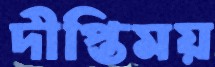
দীপ্তিময়